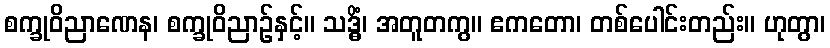
စက္ခုဝိညာဏေန၊ စက္ခုဝိညာဉ်နှင့်။ သဒ္ဓိံ၊ အတူတကွ။ ဧကတော၊ တစ်ပေါင်းတည်း။ ဟုတွာ၊